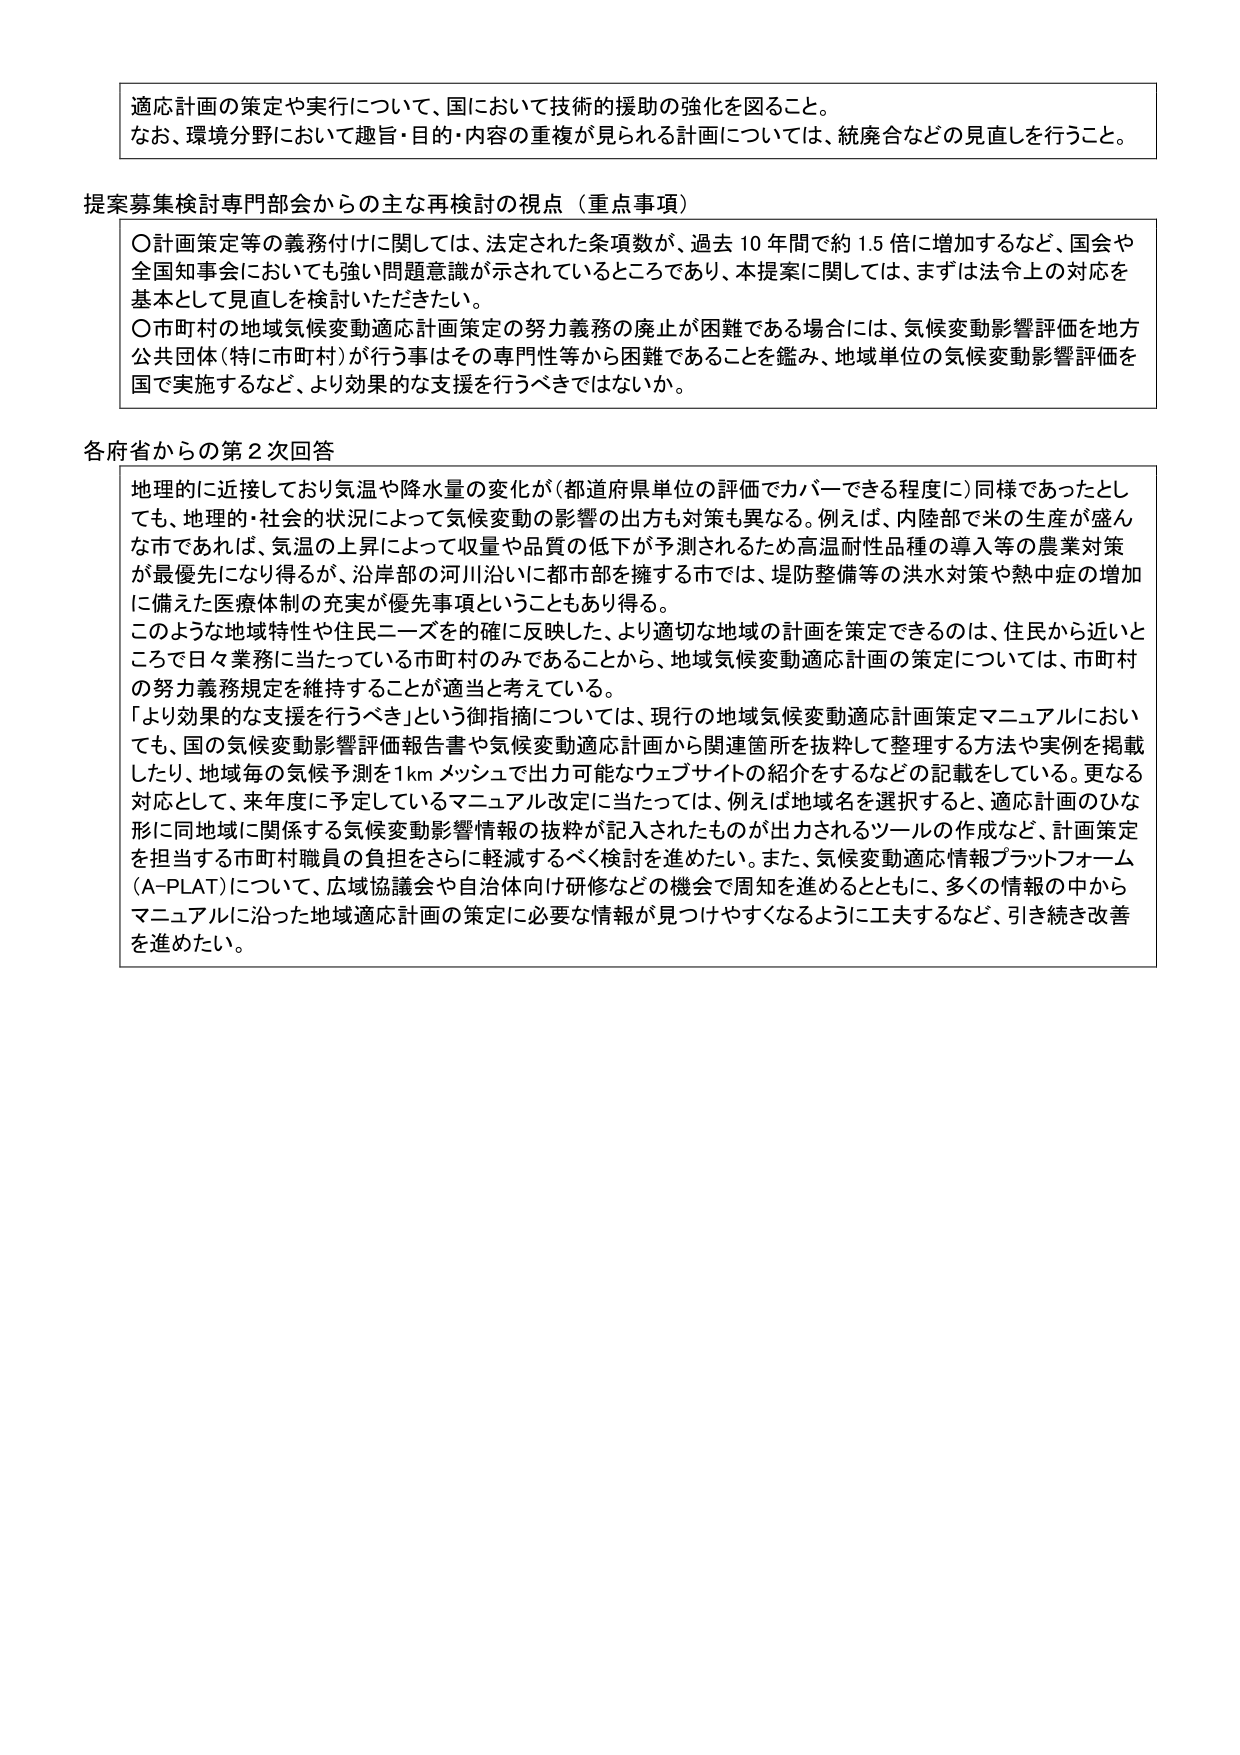
適応計画の策定や実行について、国において技術的援助の強化を図ること。
なお、環境分野において趣旨・目的・内容の重複が見られる計画については、統廃合などの見直しを行うこと。

提案募集検討専門部会からの主な再検討の視点（重点事項）
〇計画策定等の義務付けに関しては、法定された条項数が、過去10年間で約1.5倍に増加するなど、国会や全国知事会においても強い問題意識が示されているところであり、本提案に関しては、まずは法令上の対応を基本として見直しを検討いただきたい。
〇市町村の地域気候変動適応計画策定の努力義務の廃止が困難である場合には、気候変動影響評価を地方公共団体（特に市町村）が行う事はその専門性等から困難であることを鑑み、地域単位の気候変動影響評価を国で実施するなど、より効果的な支援を行うべきではないか。

各府省からの第2次回答
地理的に近接しており気温や降水量の変化が（都道府県単位の評価でカバーできる程度に）同様であったとしても、地理的・社会的状況によって気候変動の影響の出方も対策も異なる。例えば、内陸部で米の生産が盛んな市であれば、気温の上昇によって収量や品質の低下が予測されるため高温耐性品種の導入等の農業対策が最優先になり得るが、沿岸部の河川沿いに都市部を擁する市では、堤防整備等の洪水対策や熱中症の増加に備えた医療体制の充実が優先事項ということもあり得る。
このような地域特性や住民ニーズを的確に反映した、より適切な地域の計画を策定できるのは、住民から近いところで日々業務に当たっている市町村のみであることから、地域気候変動適応計画の策定については、市町村の努力義務規定を維持することが適当と考えている。
「より効果的な支援を行うべき」という御指摘については、現行の地域気候変動適応計画策定マニュアルにおいても、国の気候変動影響評価報告書や気候変動適応計画から関連箇所を抜粋して整理する方法や実例を掲載したり、地域毎の気候予測を1kmメッシュで出力可能なウェブサイトの紹介をするなどの記載をしている。更なる対応として、来年度に予定しているマニュアル改定に当たっては、例えば地域名を選択すると、適応計画のひな形に同地域に関係する気候変動影響情報の抜粋が記入されたものが出力されるツールの作成など、計画策定を担当する市町村職員の負担をさらに軽減するべく検討を進めたい。また、気候変動適応情報プラットフォーム（A-PLAT）について、広域協議会や自治体向け研修などの機会で周知を進めるとともに、多くの情報の中からマニュアルに沿った地域適応計画の策定に必要な情報が見つけやすくなるように工夫するなど、引き続き改善を進めたい。